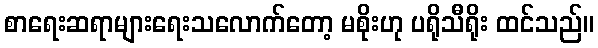
စာရေးဆရာများရေးသလောက်တော့ မစိုးဟု ပရိုသီရိုး ထင်သည်။